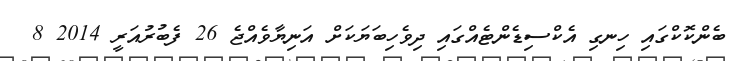
ބެންކޮކްގައި ހިނގި އެކްސިޑެންޓެއްގައި ދިވެހިބަޔަކަށް އަނިޔާވެއްޖެ 26 ފެބުރުއަރީ 2014 8